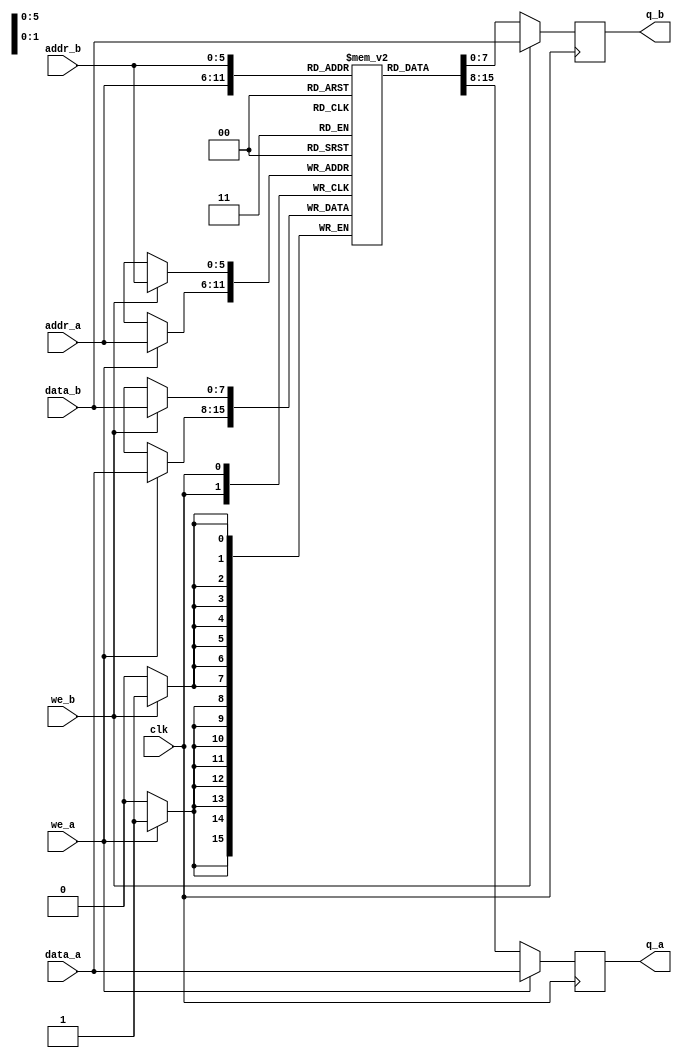
`timescale 1 ns / 1 ps

// True dual-port RAM without byte-enable.
// Taken from Quartus HDL Coding Style Handbook, so this should result in
// inferred block RAMs.
// A write and simultaneous read with the same address, on the same port,
// will return the *new* value. A write and read on a different port will
// return the *old* value.
module dp_bram
  (/*AUTOARG*/
   // Outputs
   q_a, q_b,
   // Inputs
   data_a, data_b, addr_a, addr_b, we_a, we_b, clk
   );
   parameter DATA_WIDTH = 8;
   parameter ADDR_WIDTH = 6;

   input [(DATA_WIDTH-1):0]      data_a, data_b;
   input [(ADDR_WIDTH-1):0]      addr_a, addr_b;
   input                         we_a, we_b, clk;
   output reg [(DATA_WIDTH-1):0] q_a, q_b;

   // Declare the RAM variable
   reg [DATA_WIDTH-1:0]          ram[2**ADDR_WIDTH-1:0];
   always @ (posedge clk)
     begin // Port A
        if (we_a)
          begin
             ram[addr_a] <= data_a;
             q_a <= data_a;
          end
        else
          q_a <= ram[addr_a];
     end
   always @ (posedge clk)
     begin // Port b
        if (we_b)
          begin
             ram[addr_b] <= data_b;
             q_b <= data_b;
          end
        else
          q_b <= ram[addr_b];
     end
endmodule